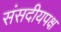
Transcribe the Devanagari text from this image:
संसदीयपक्ष